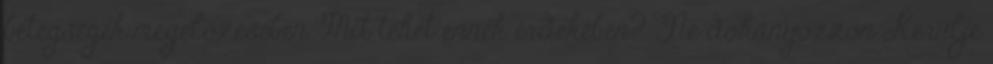
betegségek megelőzésében Mit tehet ennek érdekében? Ne dohányozzon Kerülje